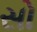
સો